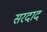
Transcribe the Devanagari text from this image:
सरदाद